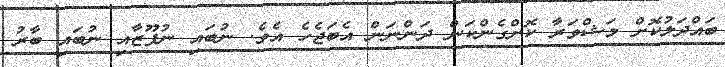
ބައްދަލުކޮށް މަޝްވަރާ ކޮށްގެންކަން ދަންނަން އެބަޖެހެ އެވެ. ނުބައި ނުފޫޒާއި ނުބައި ބާރު